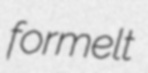
formelt